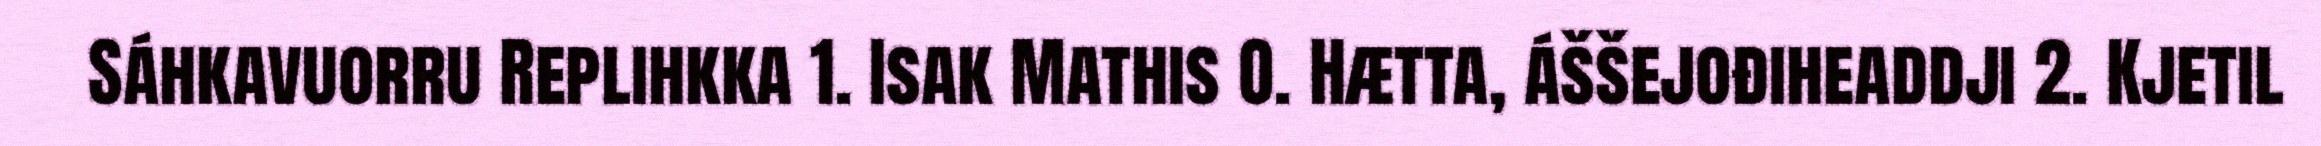
Sáhkavuorru Replihkka 1. Isak Mathis O. Hætta, áššejođiheaddji 2. Kjetil